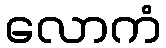
လောကံ